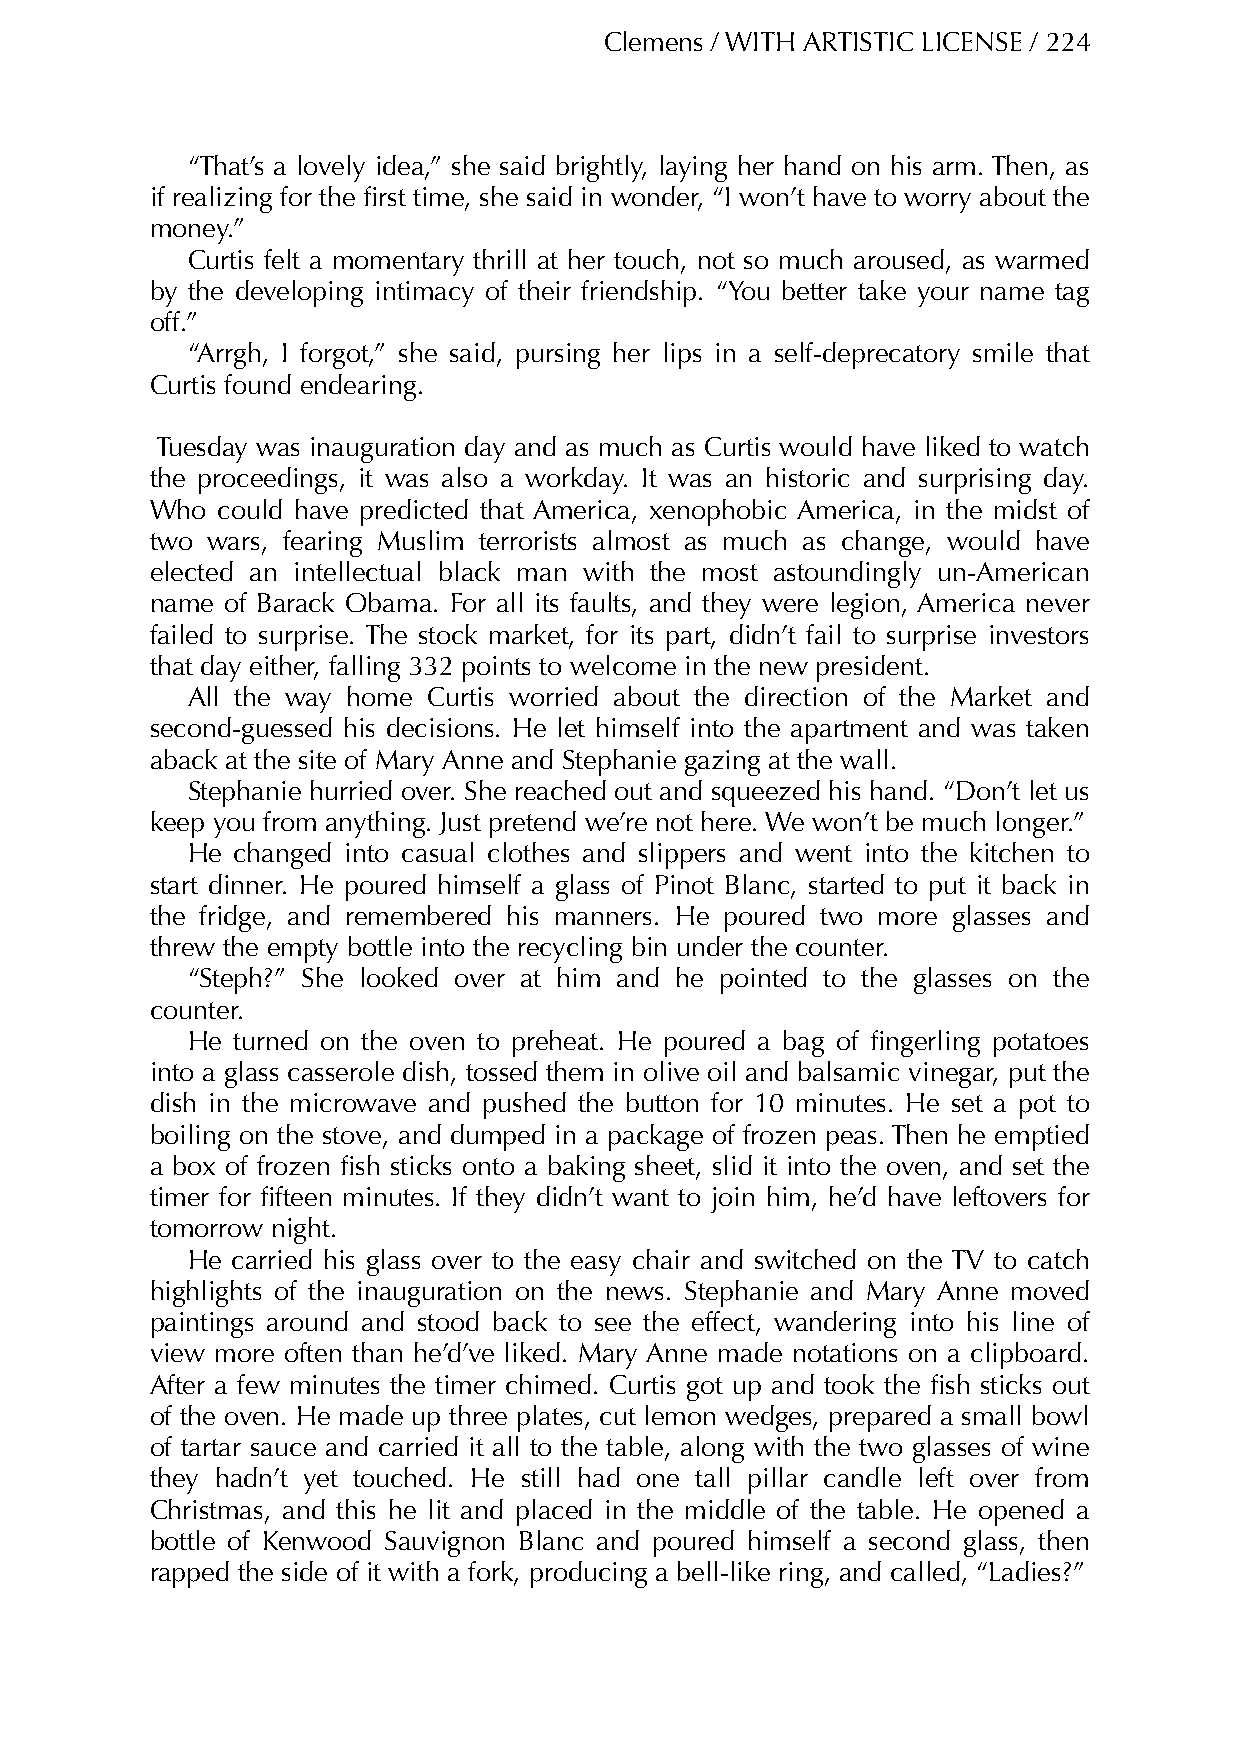
Clemens / WITH ARTISTIC LICENSE / 224
 “That’s a lovely idea,” she said brightly, laying her hand on his arm. Then, as
 if realizing for the first time, she said in wonder, “I won’t have to worry about the
 money.”
 Curtis felt a momentary thrill at her touch, not so much aroused, as warmed
 by the developing intimacy of their friendship. “You better take your name tag
 off.”
 “Arrgh, I forgot,” she said, pursing her lips in a self-deprecatory smile that
 Curtis found endearing.
 Tuesday was inauguration day and as much as Curtis would have liked to watch
 the proceedings, it was also a workday. It was an historic and surprising day.
 Who could have predicted that America, xenophobic America, in the midst of
 two wars, fearing Muslim terrorists almost as much as change, would have
 elected an intellectual black man with the most astoundingly un-American
 name of Barack Obama. For all its faults, and they were legion, America never
 failed to surprise. The stock market, for its part, didn’t fail to surprise investors
 that day either, falling 332 points to welcome in the new president.
 All the way home Curtis worried about the direction of the Market and
 second-guessed his decisions. He let himself into the apartment and was taken
 aback at the site of Mary Anne and Stephanie gazing at the wall.
 Stephanie hurried over. She reached out and squeezed his hand. “Don’t let us
 keep you from anything. Just pretend we’re not here. We won’t be much longer.”
 He  changed into casual clothes and slippers and went into the kitchen to
 start dinner. He poured himself a glass of Pinot Blanc, started to put it back in
 the fridge, and remembered his manners. He poured two more glasses and
 threw the empty bottle into the recycling bin under the counter.
 “Steph?” She looked over at him and he pointed to the glasses on the
 counter.
 He turned on the oven to preheat. He poured a bag of fingerling potatoes
 into a glass casserole dish, tossed them in olive oil and balsamic vinegar, put the
 dish in the microwave and pushed the button for 10 minutes. He set a pot to
 boiling on the stove, and dumped in a package of frozen peas. Then he emptied
 a box of frozen fish sticks onto a baking sheet, slid it into the oven, and set the
 timer for fifteen minutes. If they didn’t want to join him, he’d have leftovers for
 tomorrow night.
 He carried his glass over to the easy chair and switched on the TV to catch
 highlights of the inauguration on the news. Stephanie and Mary Anne moved
 paintings around and stood back to see the effect, wandering into his line of
 view more often than he’d’ve liked. Mary Anne made notations on a clipboard.
 After a few minutes the timer chimed. Curtis got up and took the fish sticks out
 of the oven. He made up three plates, cut lemon wedges, prepared a small bowl
 of tartar sauce and carried it all to the table, along with the two glasses of wine
 they hadn’t yet touched. He still had one tall pillar candle left over from
 Christmas, and this he lit and placed in the middle of the table. He opened a
 bottle of Kenwood Sauvignon Blanc and poured himself a second glass, then
 rapped the side of it with a fork, producing a bell-like ring, and called, “Ladies?”